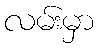
လမ်းမှာ